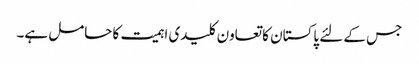
جس کے لئے پاکستان کا تعاون کلیدی اہمیت کا حامل ہے۔